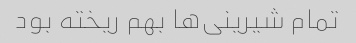
تمام شیرینی‌ها بهم ریخته بود